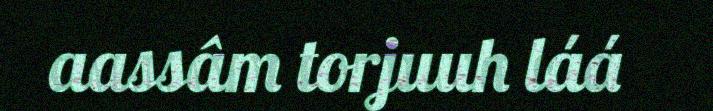
aassâm torjuuh láá